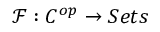
{ \mathcal { F } } : C ^ { o p } \to S e t s